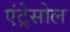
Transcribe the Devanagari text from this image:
एंट्रेसोल